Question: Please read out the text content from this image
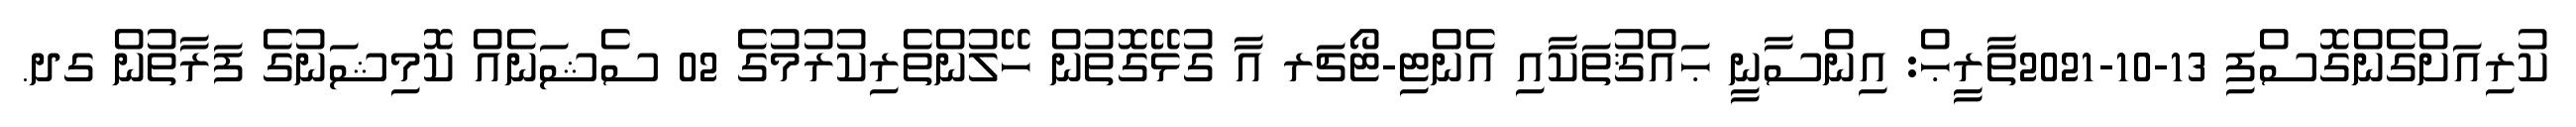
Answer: ކުރިއަށްގެންގޮސްފި 13-10-2021ތާރީޙް: އިންސާނީ ޙައްޤުތަކާއި އެންޓި-ޓޯޗަރ އާ ގުޅޭގޮތުން ހޭލުންތެރިކުރުމުގެ 02 ސެޝަނެއް ކޮމިޝަނުގެ ފަރާތުން ގދ.